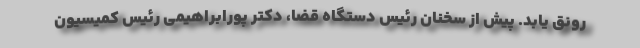
رونق یابد. پیش از سخنان رئیس دستگاه قضا، دکتر پورابراهیمی رئیس کمیسیون